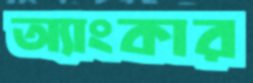
অ্যাংকার